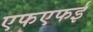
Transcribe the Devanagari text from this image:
एफएफई